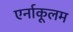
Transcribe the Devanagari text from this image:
एर्नाकूलम